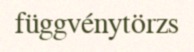
függvénytörzs